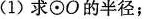
( 1 )求 \odot O 的半径；